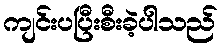
ကျင်းပပြီးစီးခဲ့ပါသည်